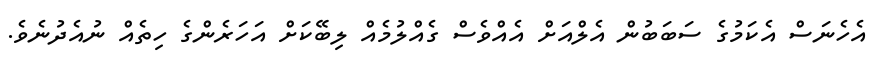
އެހެނަސް އެކަމުގެ ސަބަބުން އެލްއަށް އެއްވެސް ގެއްލުމެއް ލިބޭކަށް އަހަރެންގެ ހިތެއް ނުއެދުނެވެ.